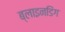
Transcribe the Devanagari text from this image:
ब्लाइनडिंग